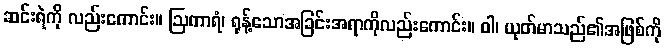
ဆင်းရဲကို လည်းကောင်း။ ဩကာရံ၊ ရုန့်သောအခြင်းအရာကိုလည်းကောင်း။ ဝါ၊ ယုတ်မာသည်၏အဖြစ်ကို